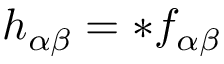
h _ { \alpha \beta } = * f _ { \alpha \beta }